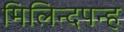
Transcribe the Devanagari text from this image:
मिलिन्दपन्ह